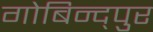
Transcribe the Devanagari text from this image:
गोबिन्द्पुर